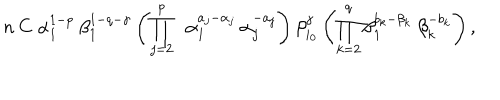
n \: C \; \alpha _ { 1 } ^ { 1 - p } \: \beta _ { 1 } ^ { 1 - q - \gamma } \left( \prod _ { j = 2 } ^ { p } \; \: \alpha _ { 1 } ^ { a _ { j } - \alpha _ { j } } \: \alpha _ { j } ^ { - a _ { j } } \right) \beta _ { i _ { 0 } } ^ { \gamma } \left( \prod _ { k = 2 } ^ { q } \beta _ { 1 } ^ { b _ { k } - \beta _ { k } } \: \beta _ { k } ^ { - b _ { k } } \right) ,